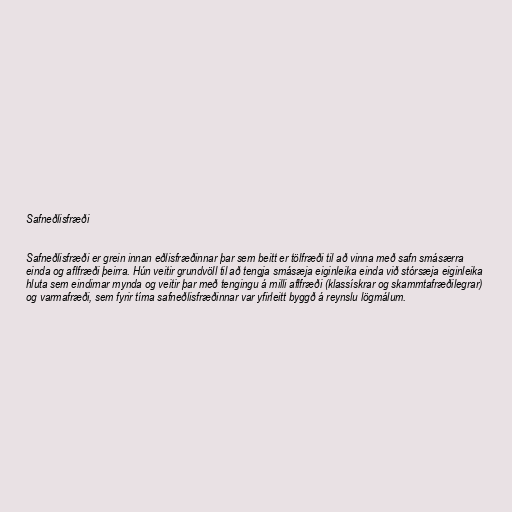
Safneðlisfræði

Safneðlisfræði er grein innan eðlisfræðinnar þar sem beitt er tölfræði til að vinna með safn smásærra
einda og aflfræði þeirra. Hún veitir grundvöll til að tengja smásæja eiginleika einda við stórsæja eiginleika
hluta sem eindirnar mynda og veitir þar með tengingu á milli aflfræði (klassískrar og skammtafræðilegrar)
og varmafræði, sem fyrir tíma safneðlisfræðinnar var yfirleitt byggð á reynslu lögmálum.